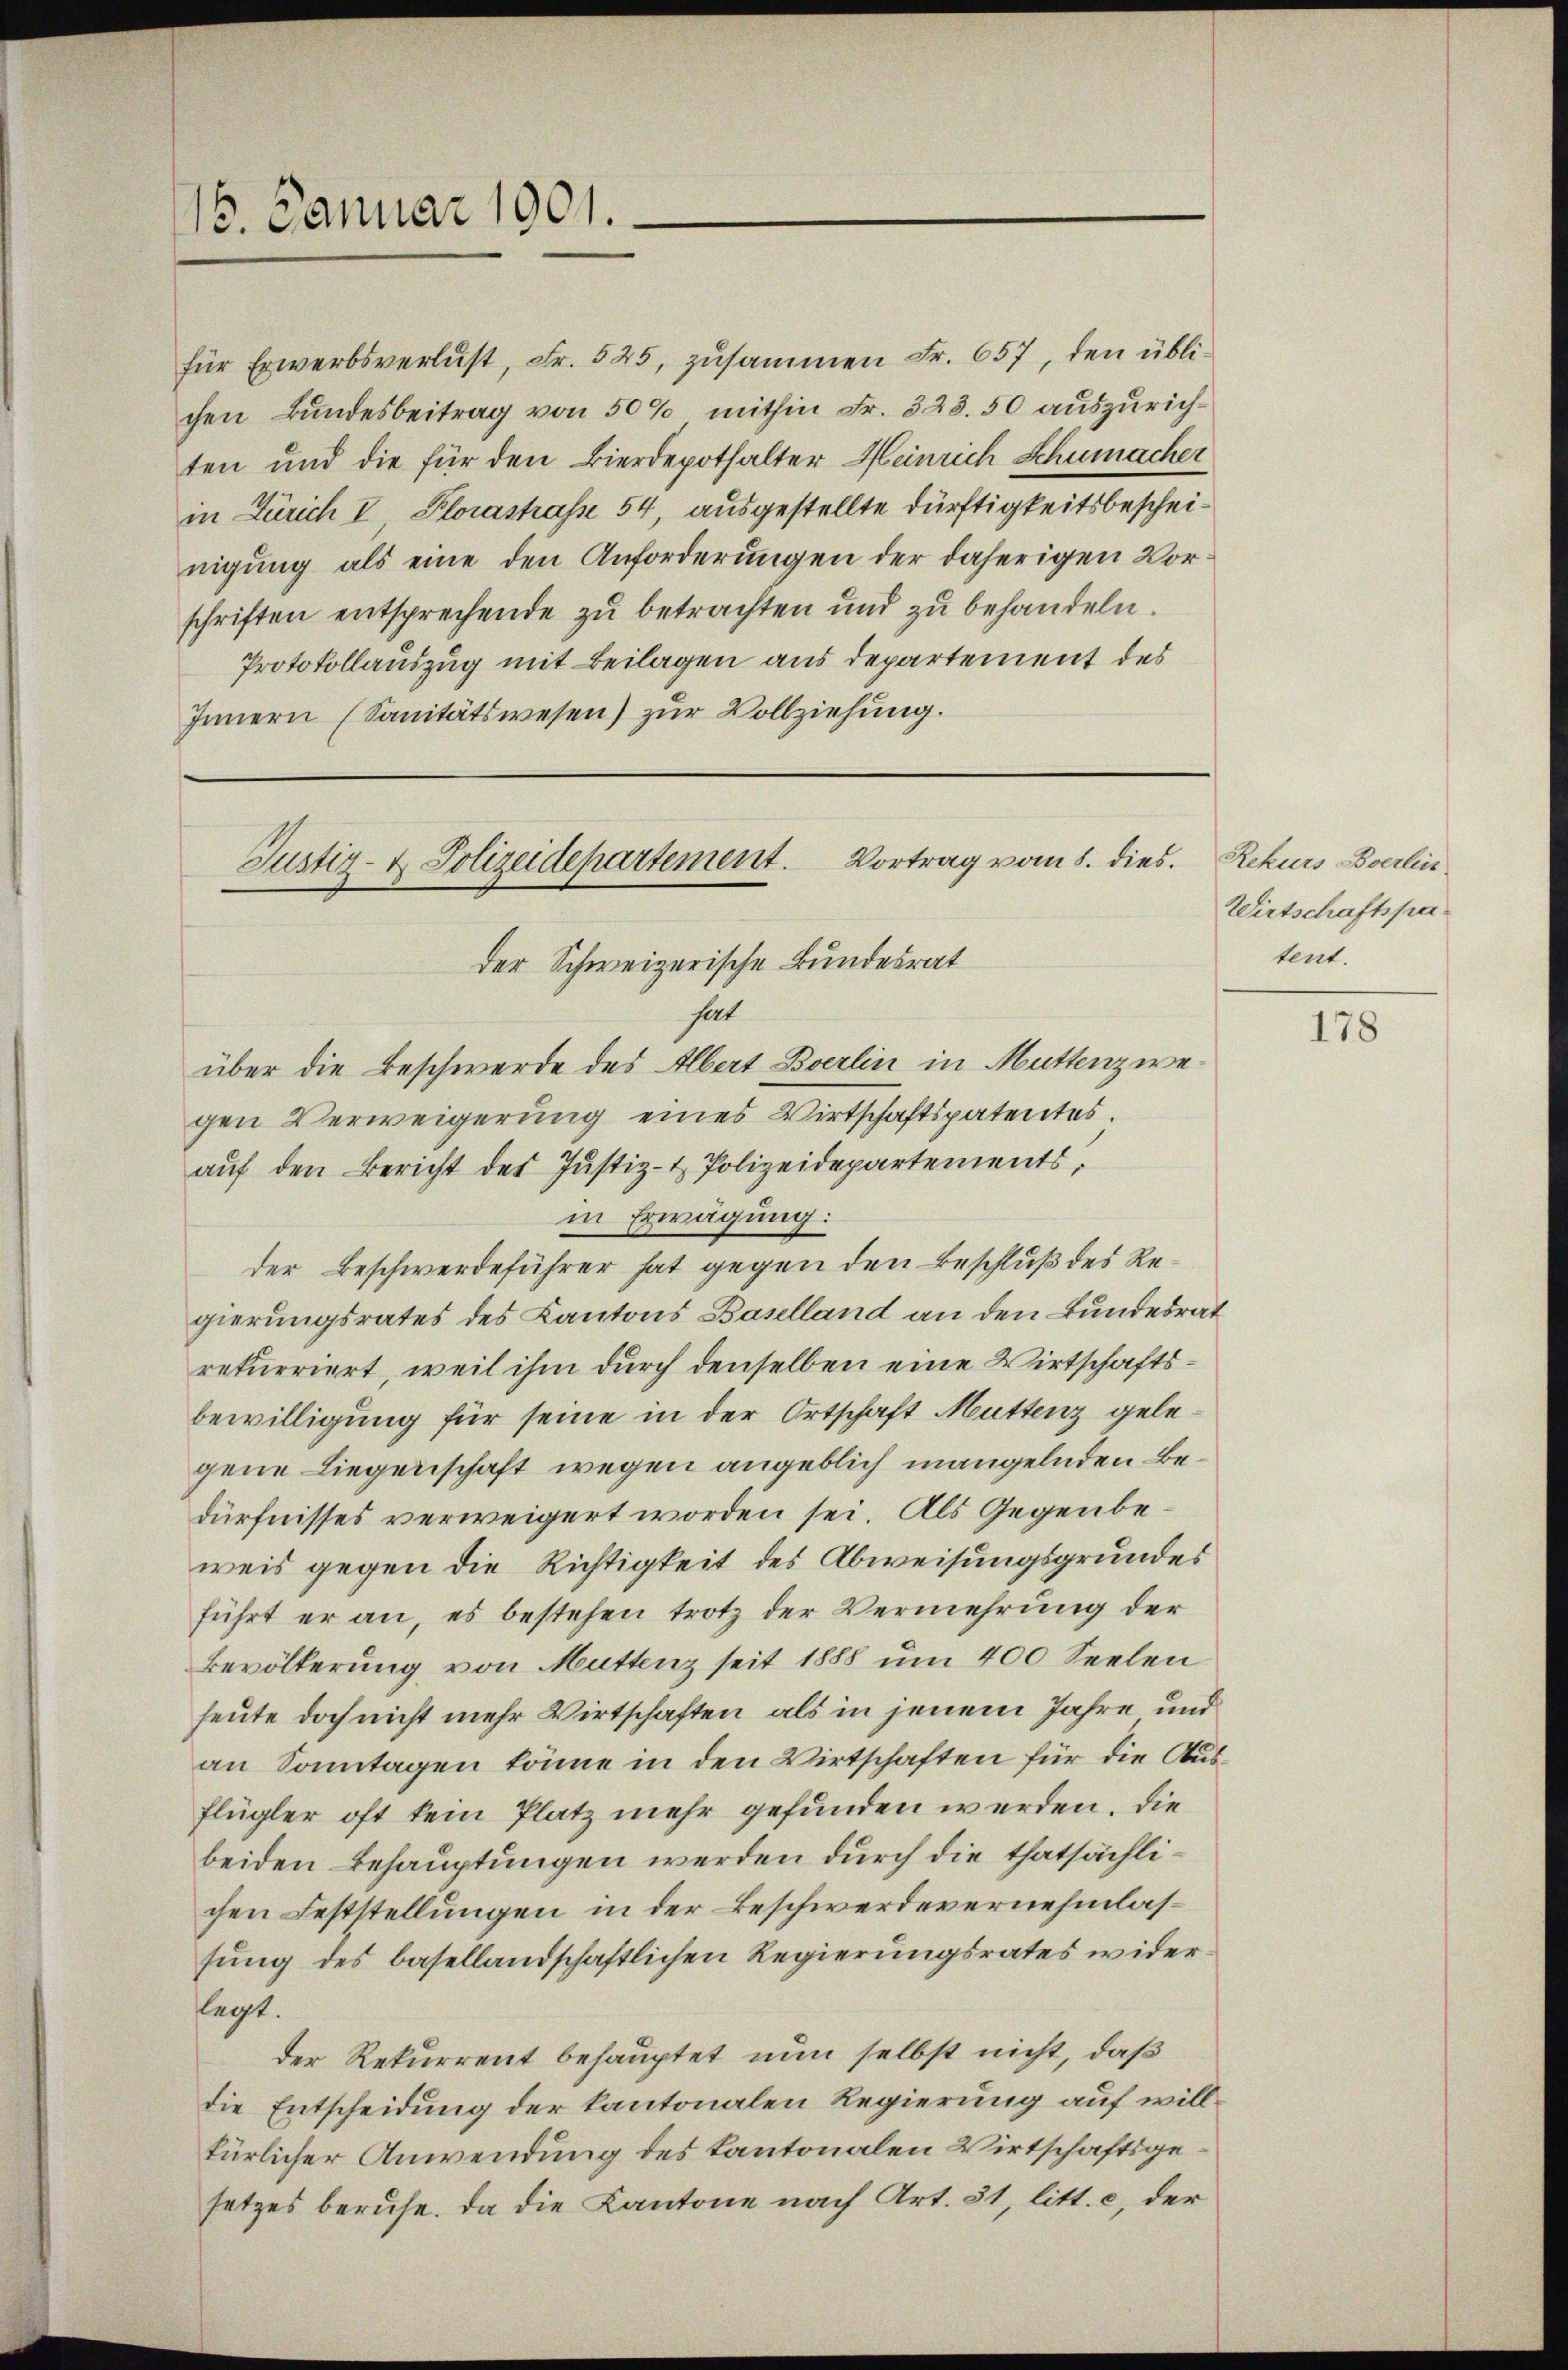
16. Januar 1901.

für Erwerbsverlust, Fr. 525, zusammen Fr. 657, den üblichen Bundesbeitrag von 50% mithin Fr. 323.50 auszurichten und die für den Bierdepothalter Heinrich Schumacher
in Zürich I, Plorastrasse 54, ausgestellte dürftigkeitsbescheinigung als eine den Anforderungen der daherigen Vorschriften entsprechende zu betrachten und zu behandeln.
Protokollauszug mit Beilagen aus departement des
Innern (Sanitätswesen) zur Vollziehung.

über die Beschwerde des Albert Berlin in Muttenzwegen Verweigerung eines Wirtschaftspatentes.
aŭf den Bericht des Justiz- & Polizeidepartements,
in Erwägung:
der Beschwerdeführer hat gegen den Beschluß des Regierungsrates des Kantons Baselland an den Bundesrat
rekurriert, weil ihm durch denselben eine Wirtschaftsbewilligung für seine in der Ortschaft Muttenz gelegene Liegenschaft wegen angeblich mangelnden Bedürfnisses verweigert worden sei. Als Gegenbeweis gegen die Richtigkeit des Abweisungsgrundes
führt er an, es bestehen trotz der Vermehrung der
Bevölkerung von Muttenz seit 1888 um 400 Seelen
heute doch nicht mehr Wirtschaften als in jenem Jahre und
an Sonntagen könne in den Wirtschaften für die Ausflügler oft kein Platz mehr gefunden werden. Die
beiden Behauptungen werden durch die thatsächlichen Feststellungen in der Beschwerde vernehmlassung des basellandschaftlichen Regierungsrates widerlegt.
der Rekurrent behauptet nun selbst nicht, daß
die Entscheidung der kantonalen Regierung auf willfürlicher Anwendung des Kantonalen Wirtschaftsgesetzes berufe. Da die Kantone nach Art. 31, litt. c, der

Justiz- & Polizeidepartement. Vortrag vom 8. dies
der Schweizerische Bundesrat
hat

Rekurs Berlin
Wirtschaftspatent.

178